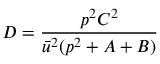
D = { \frac { p ^ { 2 } C ^ { 2 } } { \bar { u } ^ { 2 } ( p ^ { 2 } + A + B ) } }